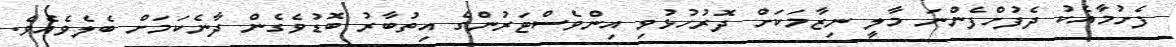
ފެށުމާއެކު ދެފުށްފެންނަ މާލީ ނިޒާމަކަށް ދޮރުހުޅުވި އިންވެސްޓަރުންގެ އިތުބާރު ބޮޑުވެގެން ދާނެކަމަށް ބެލެވެއެވެ.